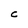
Character: C